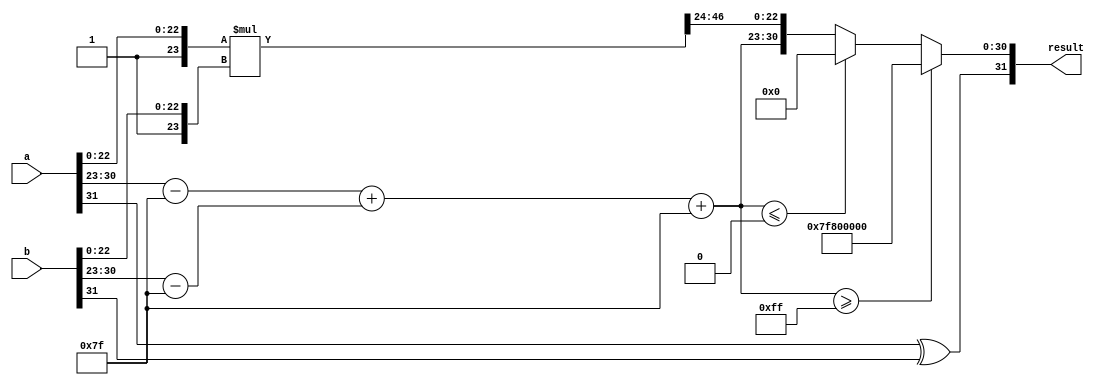
module FP_Wallace_Tree_Multiplier (
    input [31:0] a, // First floating-point input
    input [31:0] b, // Second floating-point input
    output reg [31:0] result // Resulting floating-point output
);

    // Constants
    localparam BIAS = 8'd127;
    localparam MANTISSA_BITS = 23;

    // Internal signals
    wire sign_a, sign_b;
    wire [7:0] exp_a, exp_b;
    wire [MANTISSA_BITS:0] mant_a, mant_b; // Including implicit leading 1
    wire [7:0] exp_result;
    wire sign_result;
    wire [47:0] mant_result; // Result mantissa (max size after multiplication)
    wire [7:0] exp_sum;
    wire [MANTISSA_BITS + 1:0] mant_a_ext, mant_b_ext;

    // Unpack the floating-point numbers
    assign sign_a = a[31];
    assign exp_a = a[30:23];
    assign mant_a = {1'b1, a[22:0]}; // Implicit leading 1 for normalized numbers
    assign sign_b = b[31];
    assign exp_b = b[30:23];
    assign mant_b = {1'b1, b[22:0]}; // Implicit leading 1 for normalized numbers

    // Exponent calculation
    assign exp_sum = (exp_a - BIAS) + (exp_b - BIAS);
    assign exp_result = exp_sum + BIAS;

    // Mantissa multiplication using Wallace tree (simplified)
    assign mant_a_ext = mant_a;
    assign mant_b_ext = mant_b;
    
    // Partial products (for simplicity, using a direct multiplication)
    assign mant_result = mant_a_ext * mant_b_ext;

    // Normalization and rounding (simplified)
    always @(*) begin
        // Determine the sign of the result
        sign_result = sign_a ^ sign_b;

        // Check for overflow and underflow
        if (exp_result >= 8'd255) begin
            // Overflow case: set to infinity
            result = {sign_result, 8'd255, 23'b0};
        end else if (exp_result <= 8'd0) begin
            // Underflow case: set to zero
            result = {sign_result, 8'd0, 23'b0};
        end else begin
            // Normal case: pack the result
            result = {sign_result, exp_result[7:0], mant_result[46:24]}; // Truncate mantissa
        end
    end

endmodule